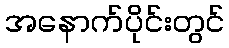
အနောက်ပိုင်းတွင်